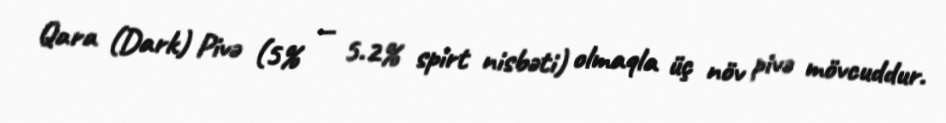
Qara (Dark) Pivə (5% — 5.2% spirt nisbəti) olmaqla üç növ pivə mövcuddur.